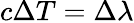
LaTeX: c{\Delta}T=\Delta\lambda